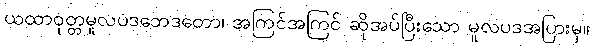
ယထာဝုတ္တမူလပဒဘေဒတော၊ အကြင်အကြင် ဆိုအပ်ပြီးသော မူလပဒအပြားမှ။